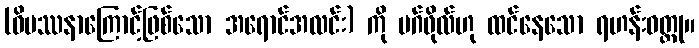
(ဝိပဿနာကြောင့်ဖြစ်သော အရောင်အလင်း) ကို မဂ်ဖိုလ်ဟု ထင်နေသော ရဟန်းဝတ္ထု။